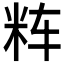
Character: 𱸵